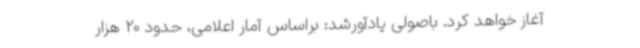
آغاز خواهد کرد. باصولی یادآورشد: براساس آمار اعلامی، حدود 20 هزار